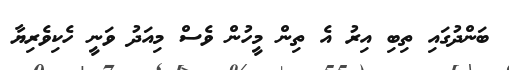
ބަންދުގައި ތިބި އިރު އެ ތިން މީހުން ވެސް މިއަދު ވަނީ ހެކިވެރިޔާ